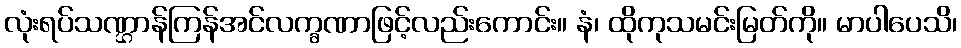
လုံးရပ်သဏ္ဌာန်ကြန်အင်လက္ခဏာဖြင့်လည်းကောင်း။ နံ၊ ထိုကုသမင်းမြတ်ကို။ မာပါပေသိ၊